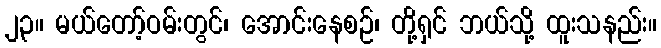
၂၃။ မယ်တော့်ဝမ်းတွင်၊ အောင်းနေစဉ်၊ တို့ရှင် ဘယ်သို့ ထူးသနည်း။